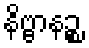
နိဗ္ဗာနဉ္စ